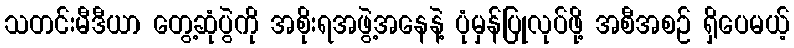
သတင်းမီဒီယာ တွေ့ဆုံပွဲကို အစိုးရအဖွဲ့အနေနဲ့ ပုံမှန်ပြုလုပ်ဖို့ အစီအစဉ် ရှိပေမယ့်